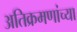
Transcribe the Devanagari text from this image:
अतिक्रमणांच्या